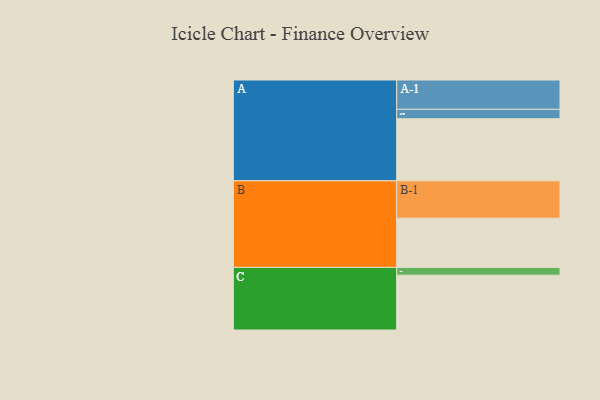
{"axis": {"x": "Segment", "y": "Value"}, "legend": ["", "A", "B", "C"], "data": [{"x": "A", "y": 487, "type": ""}, {"x": "B", "y": 386, "type": ""}, {"x": "C", "y": 430, "type": ""}, {"x": "A-1", "y": 230, "type": "A"}, {"x": "A-2", "y": 74, "type": "A"}, {"x": "B-1", "y": 293, "type": "B"}, {"x": "C-1", "y": 61, "type": "C"}]}